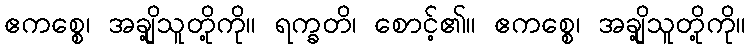
ဧကစ္စေ၊ အချို့သူတို့ကို။ ရက္ခတိ၊ စောင့်၏။ ဧကစ္စေ၊ အချို့သူတို့ကို။